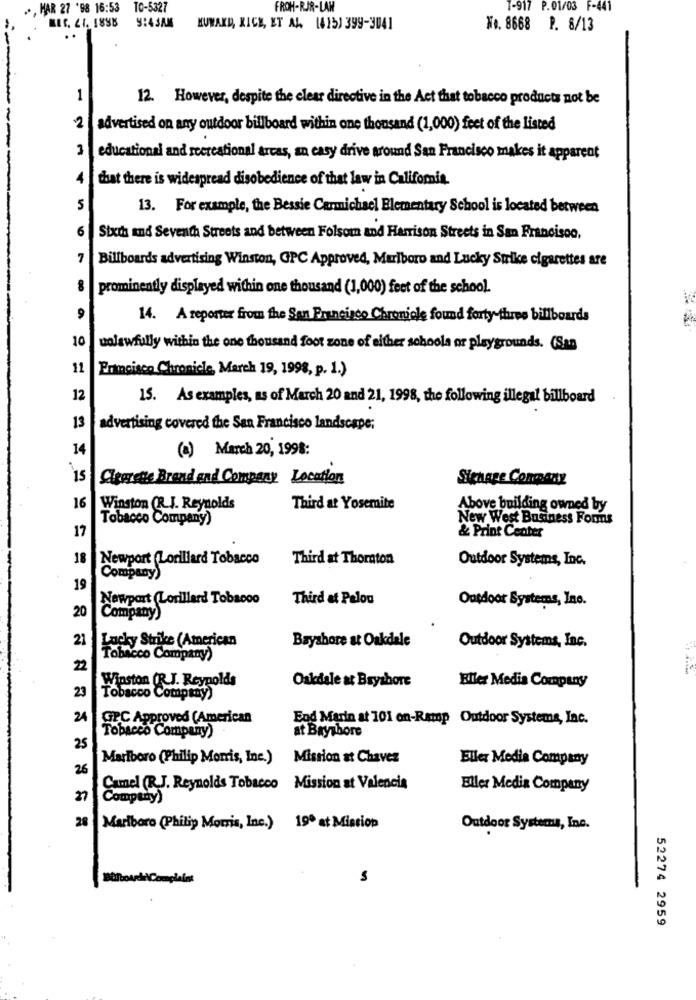
., HAR 27 '98 16:53
TO-5327
FROH-RIR-LAH
1-917 P.01/03 F-441
BIS. 41. 1888
9:4 3AM
HOWARD, RICE, ET AL. (415) 399-3041
To. 8668 P. 8/13
..
1
12. However, despite the clear directive in the Act that tobacco products not be
2
advertised on any outdoor billboard within one thousand (1,000) feet of the listed
-----
educational and recreational arcas, an easy drive around San Francisco makes it apparent
that there is widespread disobedience of that law in California.
5
13. For example, the Bessie Carmichael Elementary School is located between
6
Sixth and Seventh Streets and between Folsom and Harrison Streets in San Francisco,
7
Billboards advertising Winston, GPC Approved, Marlboro and Lucky Strike cigarettes are
prominently displayed within one thousand (1,000) feet of the school.
9
14. A reporter from the San Francisco Chronicle found forty-three billboards
10
unlawfully within the one thousand foot zone of either schools or playgrounds. (San
11
Ermoisco Chronicle, March 19, 1998, p. 1.)
12
15. As examples, as of March 20 and 21, 1998, the following illegal billboard
13
advertising covered the San Francisco landscape;
14
(a) March 20, 1998:
15
Chouette Bread and Company Location
Sighage Conmany
16
Winston (R.J. Reynolds
Third at Yosemite
Above building owned by
Tobacco Company)
New West Business Forms
17
& Print Center
18
Newport (Lorillard Tobacco
Third at Thorton
Outdoor Systems, Inc.
Company)
19
Newport (Lorillard Tobacco
Third at Peloo
Outdoor Systems, Ine.
20
Company)
21
Lucky Strike (American
Bayshore at Oakdale
Outdoor Systems, Inc.
Tobacco Company)
22
Winston (R.J. Reynolds
Oakdale at Bryshore
Eller Media Company
23
Tobacco Company)
24
GPC Approved (American
End Marin at 101 on-Ramp Outdoor Systems, Inc.
at Bayshore
Tobacco Company)
25
Marlboro (Philip Morris, Inc.)
Mission at Chavez
Eller Media Company
26
Camel (R.J. Reynolds Tobacco Mission st Valencia
Eller Media Company
Comptay)
28
Marlboro (Philip Morris, Inc.) 19º at Mission
Outdoor Systems, Inc.
S
52274 2959